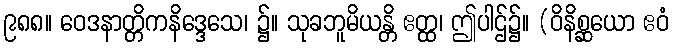
၉၈၈။ ဝေဒနာတ္တိကနိဒ္ဒေသေ၊ ၌။ သုခဘူမိယန္တိ ဧတ္ထ၊ ဤပါဌ်၌။ (ဝိနိစ္ဆယော ဧဝံ